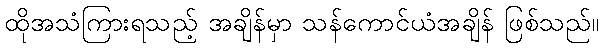
ထိုအသံကြားရသည့် အချိန်မှာ သန်ကောင်ယံအချိန် ဖြစ်သည်။